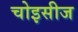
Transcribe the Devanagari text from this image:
चोइसीज